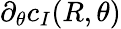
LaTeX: \partial_{\theta}c_{I}(R,\theta)